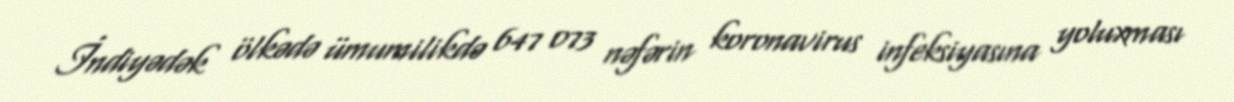
İndiyədək ölkədə ümumilikdə 647 073 nəfərin koronavirus infeksiyasına yoluxması